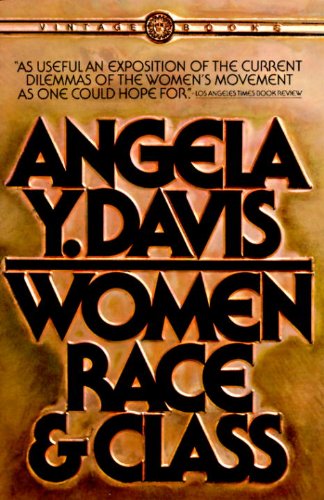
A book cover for Women, Race, & Class; Angela Y. Davis; Politics & Social Sciences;